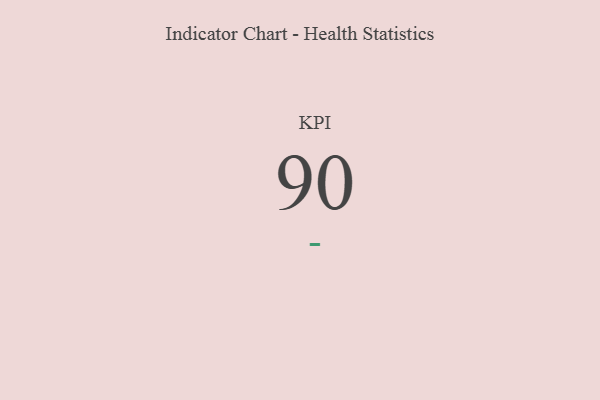
{"axis": {"x": "KPI", "y": "Value"}, "legend": [""], "data": [{"x": "KPI", "y": 90, "type": ""}]}